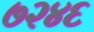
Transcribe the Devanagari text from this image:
७२४६